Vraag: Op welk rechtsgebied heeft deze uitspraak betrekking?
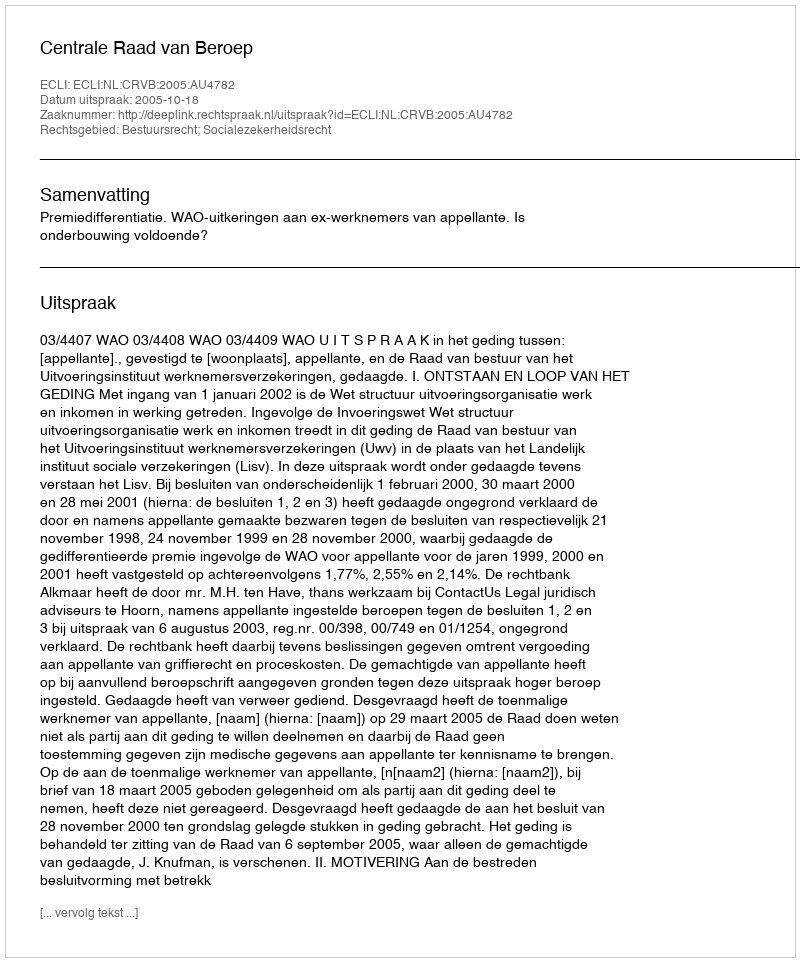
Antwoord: Bestuursrecht; Socialezekerheidsrecht